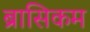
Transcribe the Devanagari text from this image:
ब्रासिकम